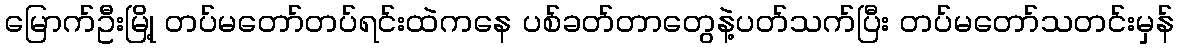
မြောက်ဦးမြို့ တပ်မတော်တပ်ရင်းထဲကနေ ပစ်ခတ်တာတွေနဲ့ပတ်သက်ပြီး တပ်မတော်သတင်းမှန်